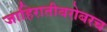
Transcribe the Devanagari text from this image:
जाहिरातीबरोबरच